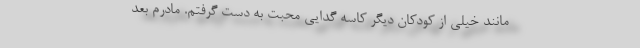
مانند خیلی از کودکان دیگر کاسه گدایی محبت به دست گرفتم. مادرم بعد